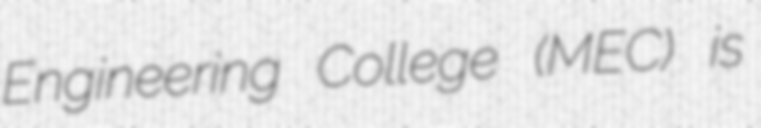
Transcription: Engineering College (MEC) is